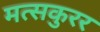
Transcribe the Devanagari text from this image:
मत्सकुरर